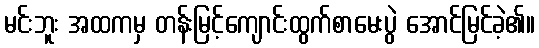
မင်းဘူး အထကမှ တန်းမြင့်ကျောင်းထွက်စာမေးပွဲ အောင်မြင်ခဲ့၏။